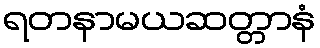
ရတနာမယဆတ္တာနံ